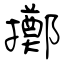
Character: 擲